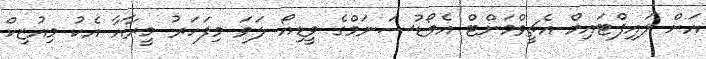
އަށް ލައިފްޓައިމް އެޗީވްމަންޓް އެވޯޑުސަނަމްގެ ވީޑިއޯ ލަވަ މިފަހަރު މީރާއާ އެކު މިއުޒިކް